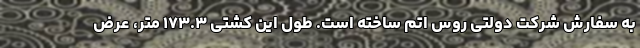
به سفارش شرکت دولتی روس اتم ساخته است. طول این کشتی ۱۷۳.۳ متر، عرض